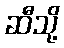
ဆီသို့